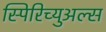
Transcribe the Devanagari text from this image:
स्पिरिच्युअल्स